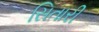
સિતારી